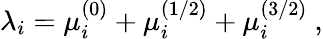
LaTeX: \lambda_{i}=\mu_{i}^{(0)}+\mu_{i}^{(1/2)}+\mu_{i}^{(3/2)}\ ,